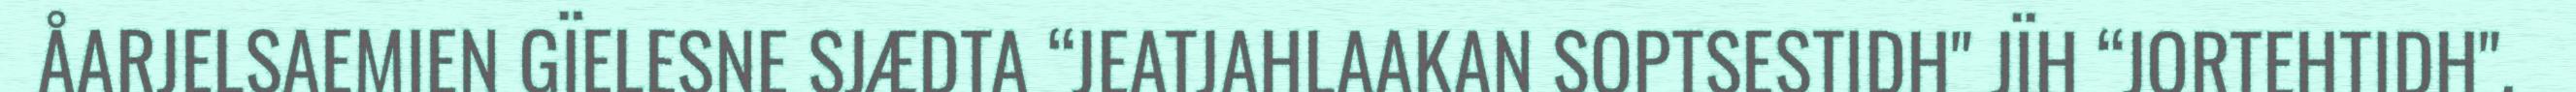
ÅARJELSAEMIEN GÏELESNE SJÆDTA “JEATJAHLAAKAN SOPTSESTIDH" JÏH “JORTEHTIDH".